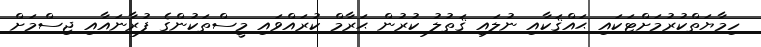
ހިމާޔަތްކުރުމަށްޓަކައި ޙައްޤަކާއި ނުލައި ޤަތުލު ކުރުން ޙަރާމް ކުރައްވައި މީސްތަކުންގެ ފުރާނައާއި ޖިސްމަށް